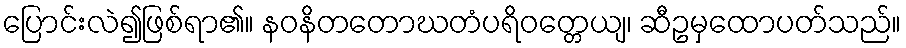
ပြောင်းလဲ၍ဖြစ်ရာ၏။ နဝနိတတောဃတံပရိဝတ္တေယျ၊ ဆီဥမှထောပတ်သည်။